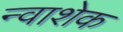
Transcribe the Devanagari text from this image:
न्वाशेक